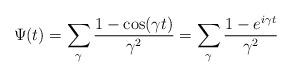
LaTeX: \begin{align*} \aligned \Psi(t)& = \sum_{\gamma} \frac{1-\cos(\gamma t)}{\gamma^2} = \sum_{\gamma} \frac{1-e^{i\gamma t}}{\gamma^2} \endaligned \end{align*}